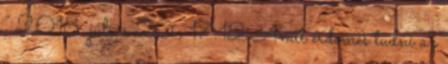
” 2018. július 20., 17:12 ‎Amit érdemes tudni az